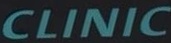
CLINIC